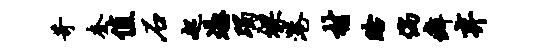
苛奎值石起凭躅裸港村眙倘癖弃